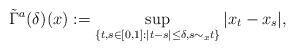
LaTeX: \begin{align*}\tilde {\Gamma}^a(\delta)(x) := \sup_{\{t,s\in[0,1]:|t-s|\le\delta, s\sim_x t\}}|x_t-x_s|,\end{align*}